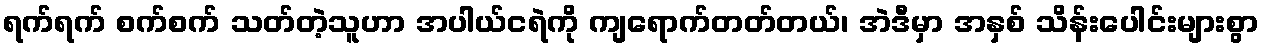
ရက်ရက် စက်စက် သတ်တဲ့သူဟာ အပါယ်ငရဲကို ကျရောက်တတ်တယ်၊ အဲဒီမှာ အနှစ် သိန်းပေါင်းများစွာ